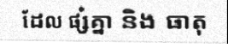
ដែល ផ្សំគ្នា និង ធាតុ